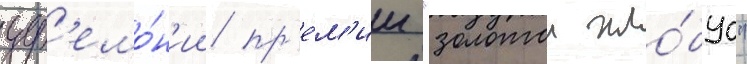
цер'емо́н'ии пр'е́м'ии "золотои гло́бус"